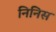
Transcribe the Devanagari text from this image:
निनिस